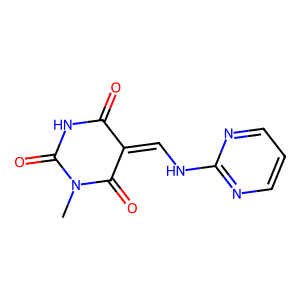
SMILES: CN1C(=O)NC(=O)C(=CNc2ncccn2)C1=O
Inhibits HIV replication: No